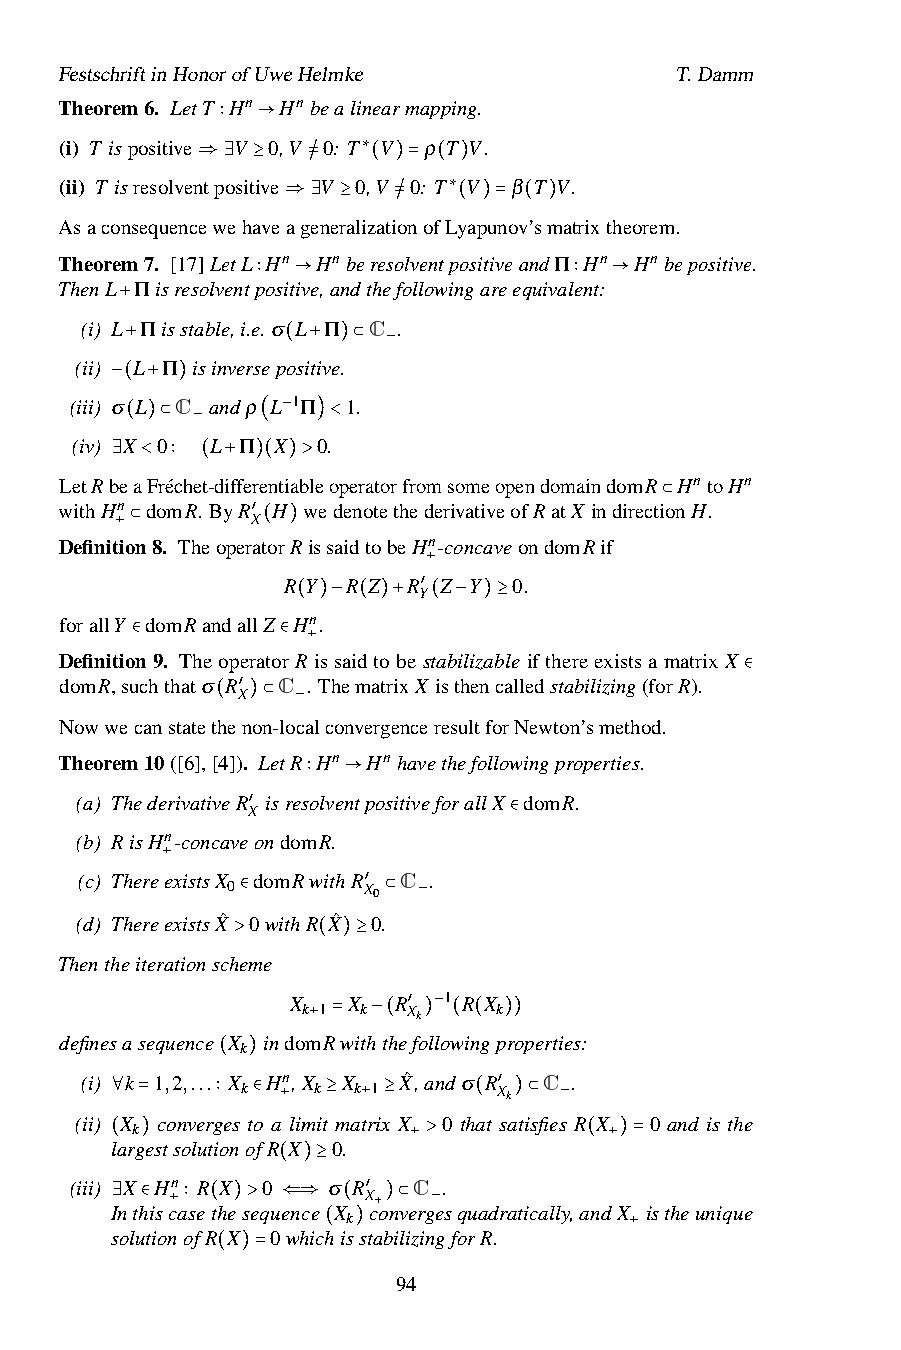
FestschriftinHonorofUweHelmke            T.Damm
 Theorem6. LetT Hn Hnbealinearmapping.
 (i) T ispositive ∶ V →0,V 0: T V ρ T V.
 ∗
 (ii) T isresolventpositive V 0,V 0: T V β T V.
 ⇒∃  ≥  =/   ( )= ( )
 ∗
 AsaconsequencewehaveageneralizationofLyapunov’smatrixtheorem.
 ⇒∃ ≥   =/  ( )= ( )
 Theorem7. [17]LetL Hn HnberesolventpositiveandΠ Hn Hnbepositive.
 ThenL Πisresolventpositive,andthefollowingareequivalent:
 ∶ →                  ∶ →
 (i) L
 +
 Πisstable,i.e.σ L Π C .
 (ii) +L Π isinversep (osi +tive ). ⊂ −
 (iii) σ L C andρ L 1Π 1.
 −( + )
 −
 (iv) X ( )0 ⊂ − L Π (X )0. <
 LetRbeaFréchet-differentiableoperatorfromsomeopendomaindomR HntoHn
 ∃ < ∶ ( + )( )>
 withHn domR. ByR H wedenotethederivativeofRatX indirectionH.
 X
 ⊂
 Definition8. Theoper′atorRissaidtobeHn-concaveondomRif
 +⊂       ( )
 R Y R Z R Y+Z Y 0.
 forallY domRandallZ Hn. ′
 ( )− ( )+ ( − )≥
 Definition9. TheoperatorRissaidtobestabilizableifthereexistsamatrixX
 ∈        ∈ +
 domR,suchthatσ R C . ThematrixX isthencalledstabilizing(forR).
 X
 ∈
 ′
 Nowwecanstatet (hen )on ⊂-lo−calconvergenceresultforNewton’smethod.
 Theorem10([6],[4]). LetR Hn Hnhavethefollowingproperties.
 (a) ThederivativeR isresolventpositiveforallX domR.
 X   ∶  →
 (b)
 RisHn-concave′
 ondomR.
 ∈
 (c) There+existsX
 0
 domRwithR
 X0
 C .
 ′
 (d) ThereexistsXˆ ∈0withR Xˆ 0.⊂ −
 Thentheiterationscheme
 >     ( )≥
 X   X  R  1 R X
 k 1 k  Xk    k
 ′ −
 definesasequence X
 k
 indom+R =with −t (hefo )llow (in (gp )r )operties:
 (i) k 1,2,... (X
 k)
 Hn,X
 k
 X
 k 1
 Xˆ,andσ R
 Xk
 C .
 ′
 (ii) ∀X k= converg ∶es t ∈o a+limit ≥ma+trix ≥X 0 th (at sa )ti ⊂sfies−R X 0 and is the
 largestsolutionofR X 0.
 ( )                 +>          ( +)=
 (iii) X Hn R X 0 σ R  C .
 ( )≥  X+
 Inthiscasethesequence X convergesquadratically,andX istheunique
 k ′
 ∃solu∈tion+o∶fR( X)> 0⇐w⇒hichi(sstab)i⊂lizin− gforR.
 ( )                  +
 ( )=        94